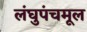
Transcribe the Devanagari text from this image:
लंघुपंचमूल